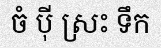
ចំ ប៉ី ស្រះ ទឹក